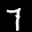
Label: 7